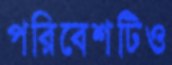
পরিবেশটিও